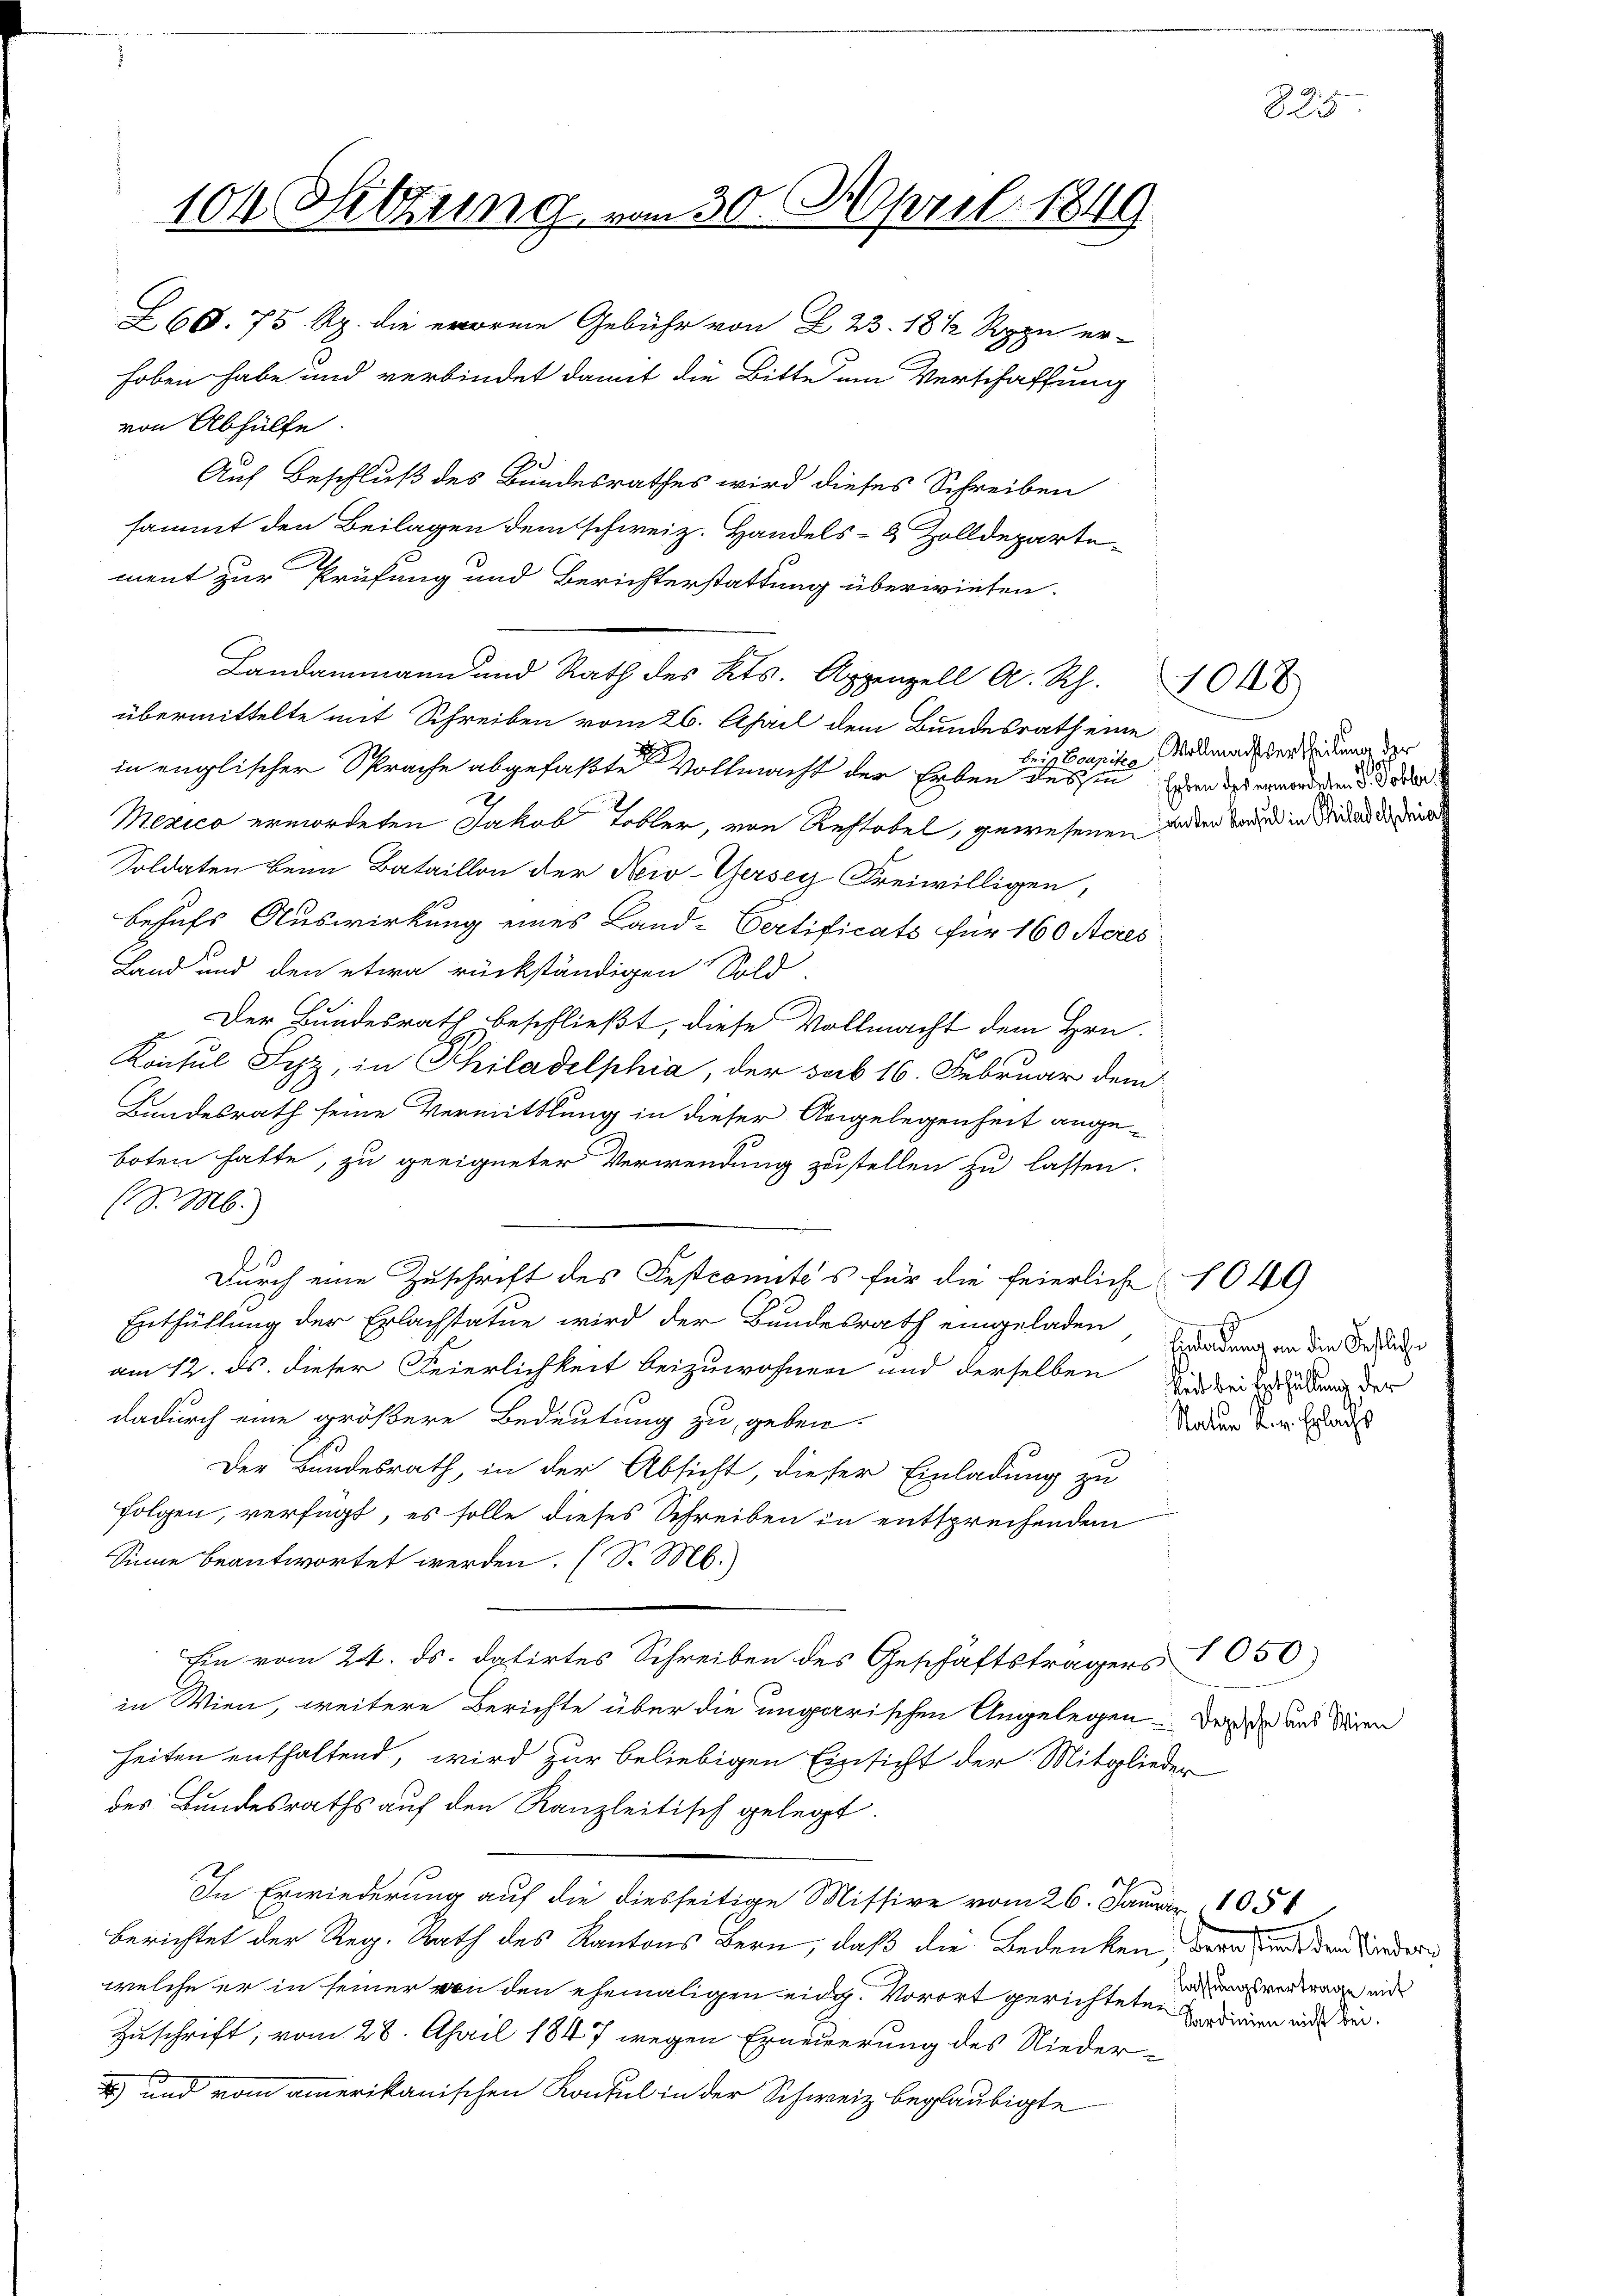
104 Sitzung von 30. April 1849

sammt den Beilagen dem schweiz. Handels- & Zolldepartement zur Prüfung und Berichterstattung überwiesen.
Landammann und Rath des Kts. Appenzell A. Rh.
übermittelte mit Schreiben vom 26. April dem Bundesrath eine
beim Coupitze
in englischer Sprache abgefaßte Vollmacht der Erben des in der des werden oder
Mexico ermordeten Jakob Tobler, von Restobel, gewesenen jeden Sand in diese und
Soldaten beim Bataillon der Nei-Gersey, Freiwilligen,
behufs Auswirkung eines Land-Vertificats für 160 Acres
Land und den etwa rückständigen Sold
Der Bundesrath beschließt, diese Vollmacht dem Hrn.
Konsul Syz, in Philadelphia, der sub 16. Februar dem
Bundesrath seine Vermittlung in dieser Angelegenheit angeboten hatte, zu geeigneter Verwendung zustellen zu lassen.
(S.M.)
1
Durch eine Zuschrift des Festcomités für die feierliche 1049
Enthüllung der Erlachstatue wird der Bundesrath eingeladen, den in die Besti
am 12. ds. dieser Feierlichkeit beizuwohnen und derselben und der in der
dadurch eine größere Bedeutung zu geben.
Der Bundesrath, in der Absicht, dieser Einladung zu
folgen, verfügt, es solle dieses Schreiben in entsprechendem
Sinne beantwortet werden. (S. M.
Ein vom 24. ds. datirtes Schreiben des Geschäftsträgers 1056)
in Wien, weitere Berichte über die ungarischen Angelegen der und diren
heiten enthaltend, wird zur beliebigen Einsicht der Mitglieder
des Bundesraths auf den Kanzleitisch gelegt.
In Erwiederung auf die diesseitige Missive vom 26. Janr. 1056
Berichtet der Reg. Rath des Kantons Bern, daß die Bedenken war den der
welche er in seiner von den ehemaligen eidg. Vorort gerichtet, vertragen und
Zuschrift; vom 28. April 1847 wegen Erneuerung des Nieder¬
u
) und vom ammerikanischen Konsul in der Schweiz beglaubigte

Z68. 75 Rp. die vorne Gebühr von § 23. 18 1/2 Rppn er-
hoben habe und verbindet damit die Bitte um Verschaffung
von Abhülfe.
Auf Beschluß des Bundesrathes wird dieses Schreiben

Vollmachtvertheilung der

1048

Nater L. v. Erlachs

825.

Sardinien nicht bei.